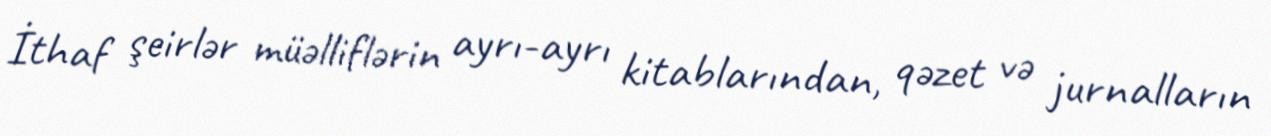
İthaf şeirlər müəlliflərin ayrı-ayrı kitablarından, qəzet və jurnalların